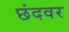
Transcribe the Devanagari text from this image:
छंदवर